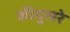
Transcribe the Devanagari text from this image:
कीदुसरे